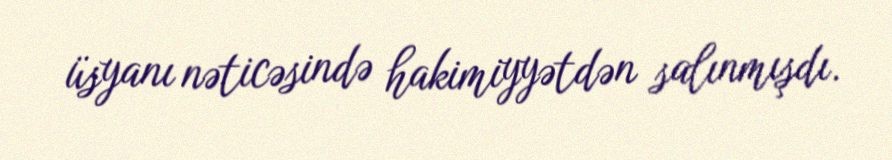
üsyanı nəticəsində hakimiyyətdən salınmışdı.